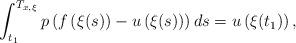
LaTeX: \begin{align*} \int_{t_1}^{T_{x, \xi}}p\left( f\left(\xi(s)\right)-u\left(\xi(s)\right)\right) ds = u\left(\xi(t_1)\right),\end{align*}